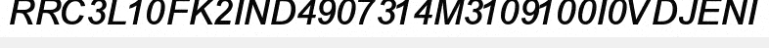
RRC3L10FK2IND4907314M3109100I0VDJENI